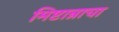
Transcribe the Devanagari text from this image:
मिष्टान्नाचा